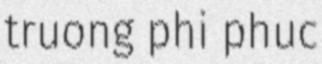
truong phi phuc